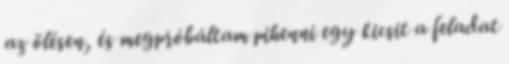
az ölésen, és megpróbáltam pihenni egy kicsit a feladat